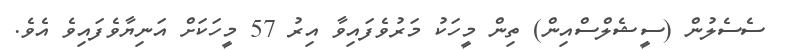
ސެސެލުން (ސީޝެލްސްއިން) ތިން މީހަކު މަރުވެފައިވާ އިރު 57 މީހަކަށް އަނިޔާވެފައިވެ އެވެ.